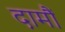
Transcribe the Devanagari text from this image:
दामौं